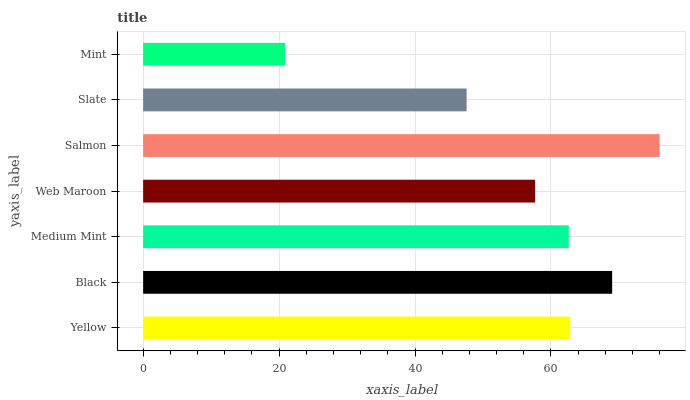
| yaxis_label | bars |
 | --- | --- |
 | Yellow | 62.8 |
 | Black | 69 |
 | Medium Mint | 62.6 |
 | Web Maroon | 57.7 |
 | Salmon | 76 |
 | Slate | 47.6 |
 | Mint | 20.9 |